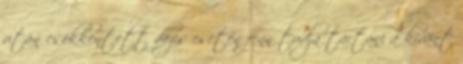
után csökkentett dózis esetén fenn tudja tartani a kívánt